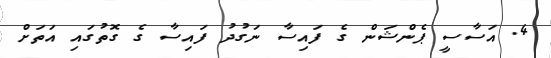
4. އަސާސީ ޕެންޝަން ގެ ފައިސާ ނަގުދު ފައިސާ ގެ ގޮތުގައި އަތަށް